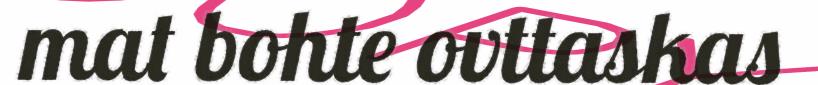
mat bohte ovttaskas